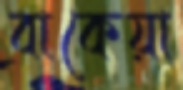
বাকেয়া